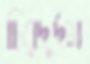
চিরদুর্দম